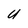
Character: U